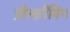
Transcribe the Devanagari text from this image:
प्रीस्क्रीनिंग